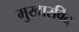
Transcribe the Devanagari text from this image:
मुखारविंद